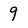
Character: 9